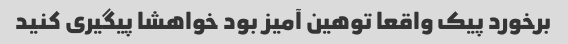
برخورد پیک واقعا توهین آمیز بود خواهشا پیگیری کنید